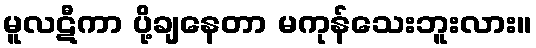
မူလဋီကာ ပို့ချနေတာ မကုန်သေးဘူးလား။